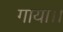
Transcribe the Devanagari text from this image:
गाया।।